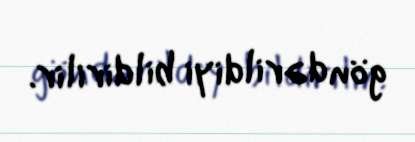
göndərildiyi bildirilir.